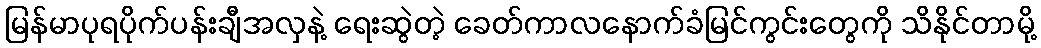
မြန်မာပုရပိုက်ပန်းချီအလှနဲ့ ရေးဆွဲတဲ့ ခေတ်ကာလနောက်ခံမြင်ကွင်းတွေကို သိနိုင်တာမို့